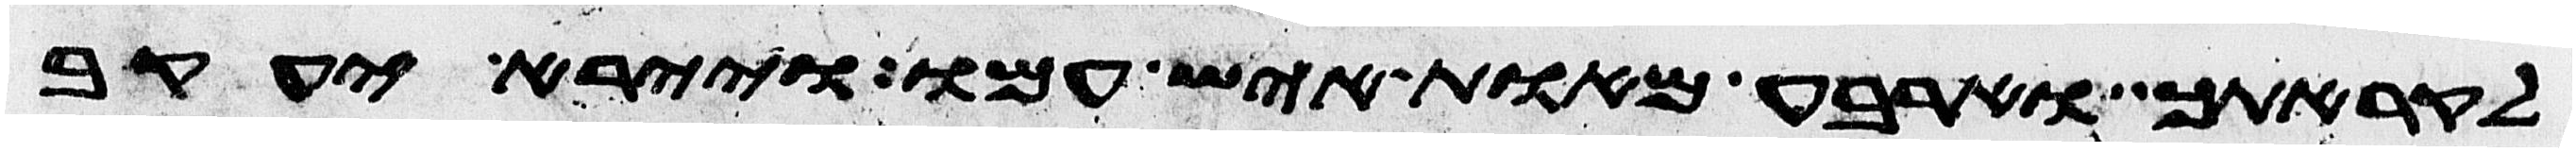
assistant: לקראתך וארבע מאות איש עמו ויירא יעקב